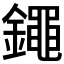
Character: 𨭘